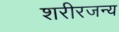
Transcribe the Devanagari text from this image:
शरीरजन्य